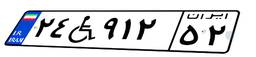
۳۴W۶۳۶۲۴